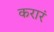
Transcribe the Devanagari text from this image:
करारं